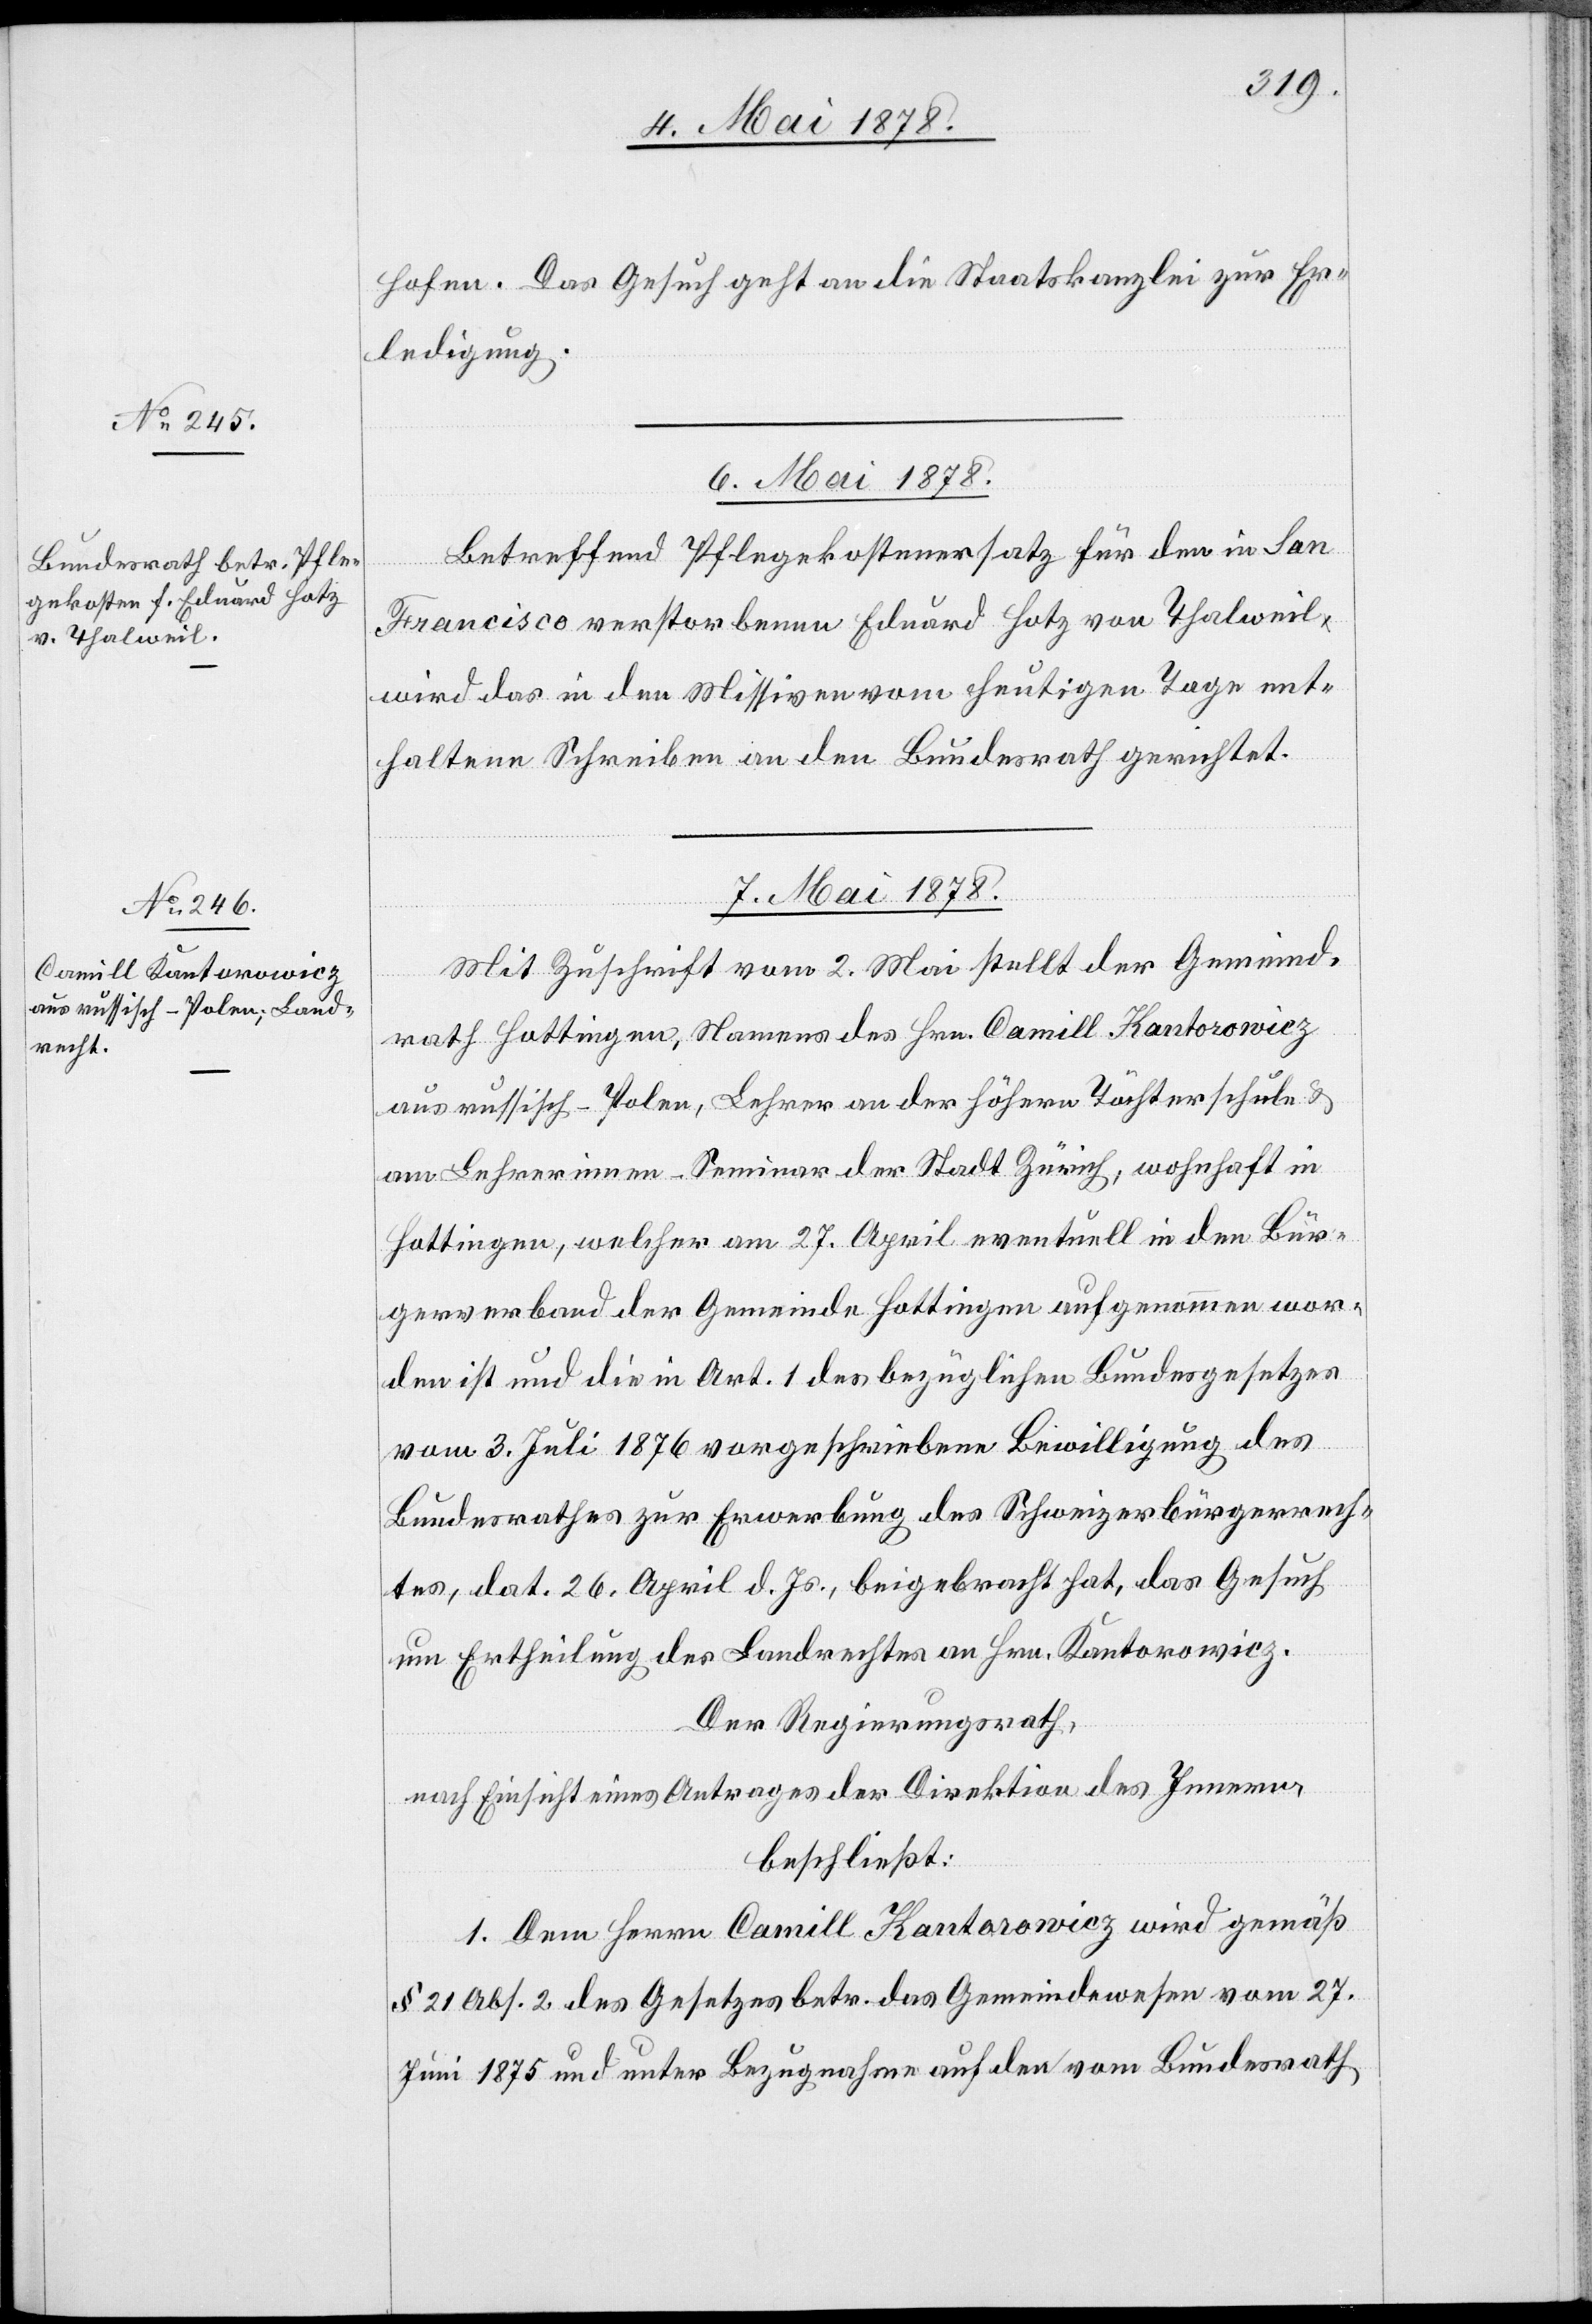
hofen. Das Gesuch geht an die Staatskanzlei zur Er¬
ledigung.
6. Mai 1878.
Betreffend Pflegekostenersatz für den in San
Francisco verstorbenen Eduard Hotz von Thalweil
wird das in den Missiven vom heutigen Tage ent¬
haltene Schreiben an den Bundesrath gerichtet.
7. Mai 1878.
Mit Zuschrift vom 2. Mai stellt der Gemeind¬
rath Hottingen, Namens des Hrn. Camill Kantorowicz
aus russisch-Polen, Lehrer an der höhern Töchterschule &
am Lehrerinnen-Seminar der Stadt Zürich, wohnhaft in
Hottingen, welcher am 27. April eventuell in den Bür¬
gerverband der Gemeinde Hottingen aufgenommen wor¬
den ist und die in Art. 1 des bezüglichen Bundesgesetzes
vom 3. Juli 1876 vorgeschriebene Bewilligung des
Bundesrathes zur Erwerbung des Schweizerbürgerrech¬
tes, dat. 26. April d. Js., beigebracht hat, das Gesuch
um Ertheilung des Landrechtes an Hrn. Kantorowicz.
Der Regierungsrath,
nach Einsicht eines Antrages der Direktion des Innern,
beschließt:
1. Dem Herrn Camill Kantorowicz wird gemäß
§ 21 Abs. 2 des Gesetzes betr. das Gemeindewesen vom 27.
Juni 1875 und unter Bezugnahme auf den vom Bundesrath